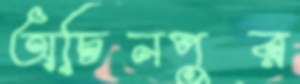
অচিনপুর